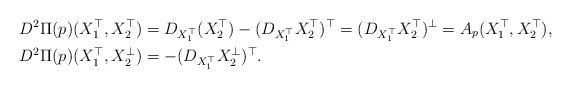
LaTeX: \begin{align*}D^2\Pi(p)(X_1^\top,X_2^\top)&= D_{X_1^\top}(X_2^\top) - (D_{X_1^\top}X_2^\top)^\top = (D_{X_1^\top}X_2^\top)^\bot = A_p(X_1^\top,X_2^\top),\\D^2\Pi(p)(X_1^\top,X_2^\bot)&= - (D_{X_1^\top}X_2^\bot)^\top.\end{align*}